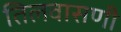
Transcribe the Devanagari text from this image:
तिलवासणी